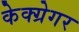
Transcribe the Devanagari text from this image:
केक्ग्रेगर